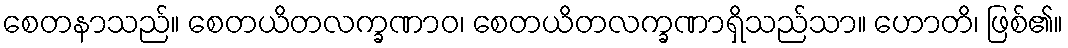
စေတနာသည်။ စေတယိတလက္ခဏာဝ၊ စေတယိတလက္ခဏာရှိသည်သာ။ ဟောတိ၊ ဖြစ်၏။